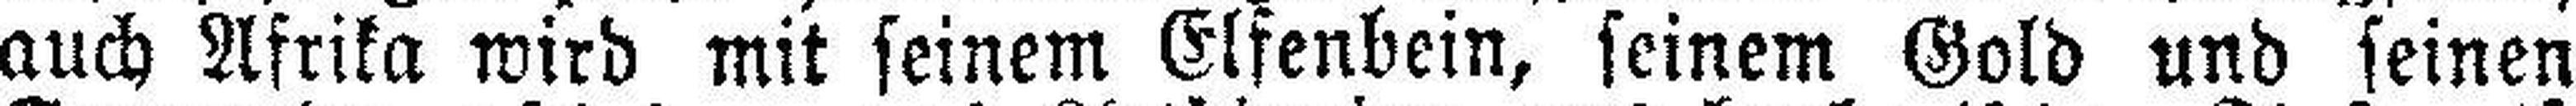
auch Afrika wird mit seinem Elfenbein, seinem Gold und seinen